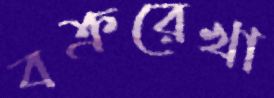
বক্ররেখা